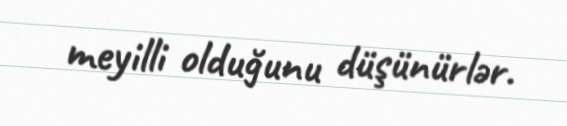
meyilli olduğunu düşünürlər.